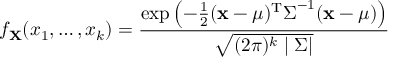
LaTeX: f _ { \mathbf { X } } ( x _ { 1 } , \ldots , x _ { k } ) = { \frac { \exp \left( - { \frac { 1 } { 2 } } ( { \mathbf { x } } - { \boldsymbol { \mu } } ) ^ { \mathrm { T } } { \boldsymbol { \Sigma } } ^ { - 1 } ( { \mathbf { x } } - { \boldsymbol { \mu } } ) \right) } { \sqrt { ( 2 \pi ) ^ { k } \mid { \boldsymbol { \Sigma } } | } } }